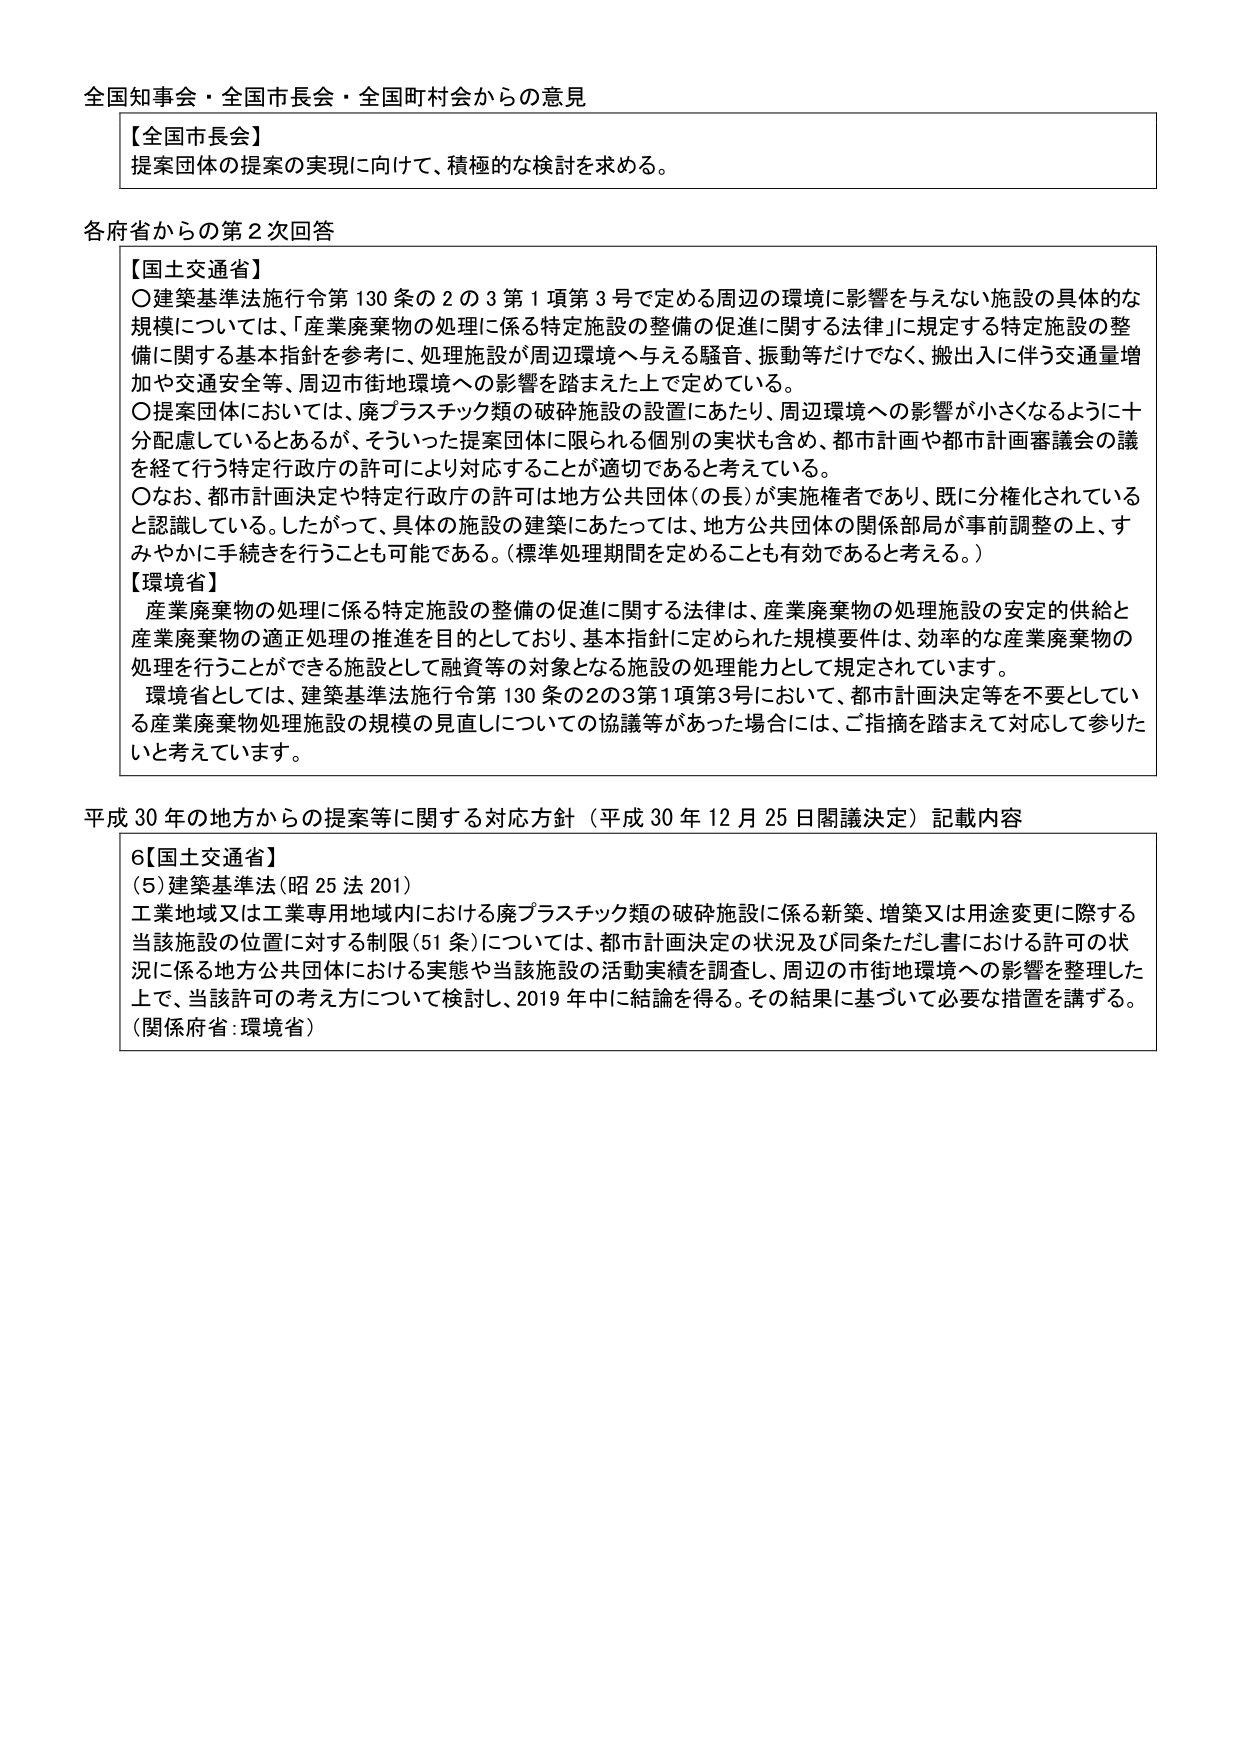
全国知事会・全国市長会・全国町村会からの意見

【全国市長会】
提案団体の提案の実現に向けて、積極的な検討を求める。

各府省からの第2次回答

【国土交通省】
〇建築基準法施行令第130条の2の3第1項第3号で定める周辺の環境に影響を与えない施設の具体的な規模については、「産業廃棄物の処理に係る特定施設の整備の促進に関する法律」に規定する特定施設の整備に関する基本指針を参考に、処理施設が周辺環境へ与える騒音、振動等だけでなく、搬出入に伴う交通量増加や交通安全等、周辺市街地環境への影響を踏まえた上で定めている。
〇提案団体においては、廃プラスチック類の破砕施設の設置にあたり、周辺環境への影響が小さくなるように十分配慮しているとあるが、そういった提案団体に限られる個別の実状も含め、都市計画や都市計画審議会の議を経て行う特定行政庁の許可により対応することが適切であると考えている。
〇なお、都市計画決定や特定行政庁の許可は地方公共団体（の長）が実施権者であり、既に分権化されていると認識している。したがって、具体的施設の建築にあたっては、地方公共団体の関係部局が事前調整の上、すみやかに手続きを行うことも可能である。（標準処理期間を定めることも有効であると考える。）

【環境省】
産業廃棄物の処理に係る特定施設の整備の促進に関する法律は、産業廃棄物の処理施設の安定的供給と産業廃棄物の適正処理の推進を目的としており、基本指針に定められた規模要件は、効率的な産業廃棄物の処理を行うことができる施設として融資等の対象となる施設の処理能力として規定されています。
環境省としては、建築基準法施行令第130条の2の3第1項第3号において、都市計画決定等を不要としている産業廃棄物処理施設の規模の見直しについての協議等があった場合には、ご指摘を踏まえて対応して参りたいと考えています。

平成30年の地方からの提案等に関する対応方針（平成30年12月25日閣議決定）記載内容

6【国土交通省】
(5)建築基準法（昭25法201）
工業地域又は工業専用地域内における廃プラスチック類の破砕施設に係る新築、増築又は用途変更に際する当該施設の位置に対する制限（51条）については、都市計画決定の状況及び同条ただし書における許可の状況に係る地方公共団体における実態や当該施設の活動実績を調査し、周辺の市街地環境への影響を整理した上で、当該許可の考え方について検討し、2019年中に結論を得る。その結果に基づいて必要な措置を講ずる。
（関係府省：環境省）